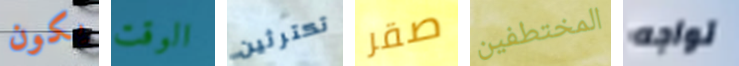
يكون الوقت تكترثين صقر المختطفين تواجه